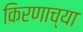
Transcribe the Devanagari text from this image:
किरणाच्या